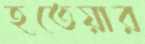
হতেয়ার